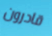
قادرون